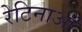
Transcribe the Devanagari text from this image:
रेटिनाओं